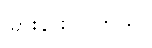
ခြားနားကြတယ်။